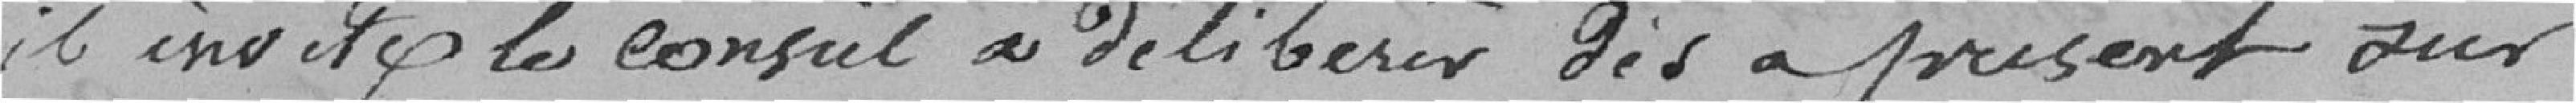
il invite le conseil à délibérer dès à présent sur